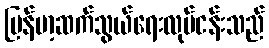
မြန်မာ့ဆက်သွယ်ရေးလုပ်ငန်းသည်